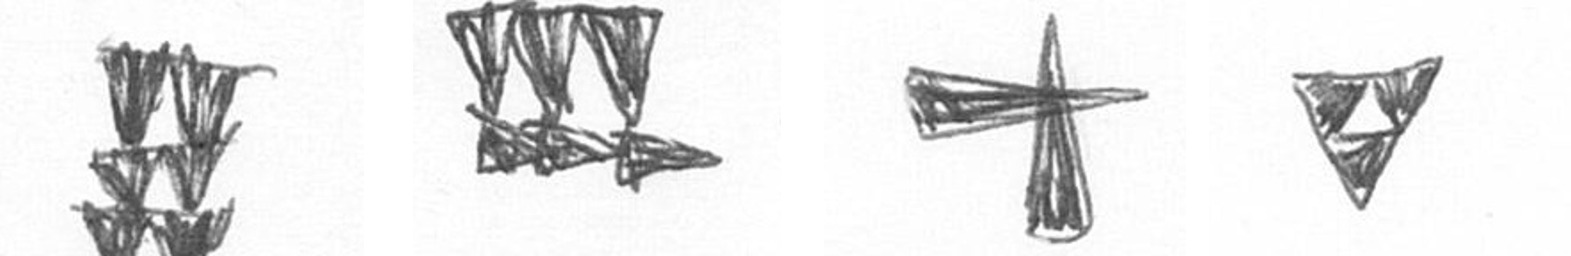
Y D G S